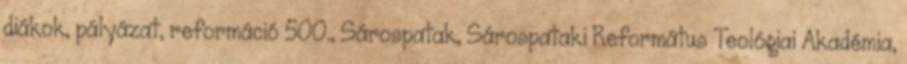
diákok, pályázat, reformáció 500., Sárospatak, Sárospataki Református Teológiai Akadémia,